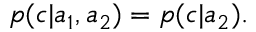
\begin{array} { r } { p ( c | a _ { 1 } , a _ { 2 } ) = p ( c | a _ { 2 } ) . } \end{array}